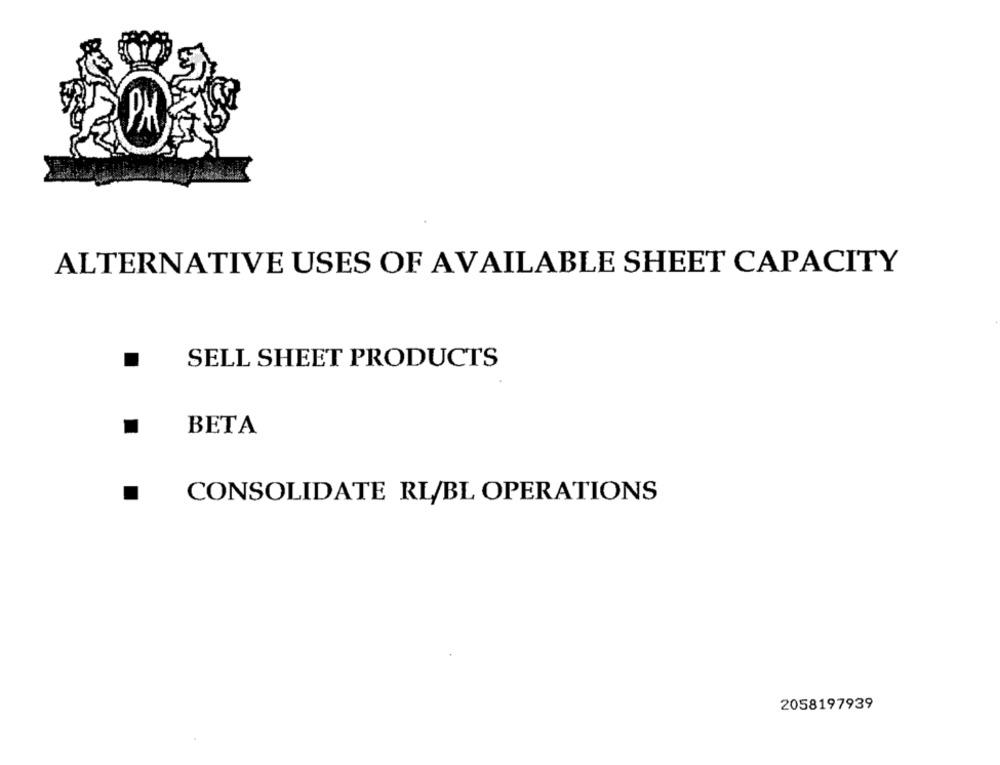
PK
ALTERNATIVE USES OF AVAILABLE SHEET CAPACITY
SELL SHEET PRODUCTS
BETA
CONSOLIDATE RL/BL OPERATIONS
2058197939